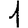
Digit: 1